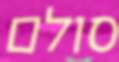
סולם